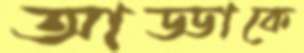
আড্ডাকে